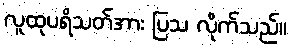
လူထုပရိသတ်အား ပြသ လိုက်သည်။